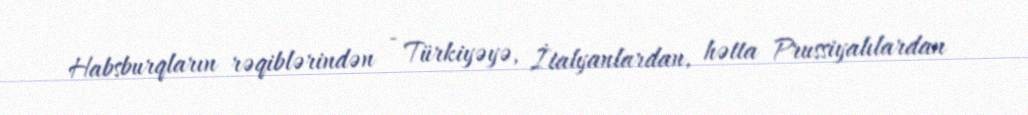
Habsburqların rəqiblərindən - Türkiyəyə, İtalyanlardan, hətta Prussiyalılardan